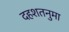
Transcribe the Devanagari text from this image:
दहशतनुमा